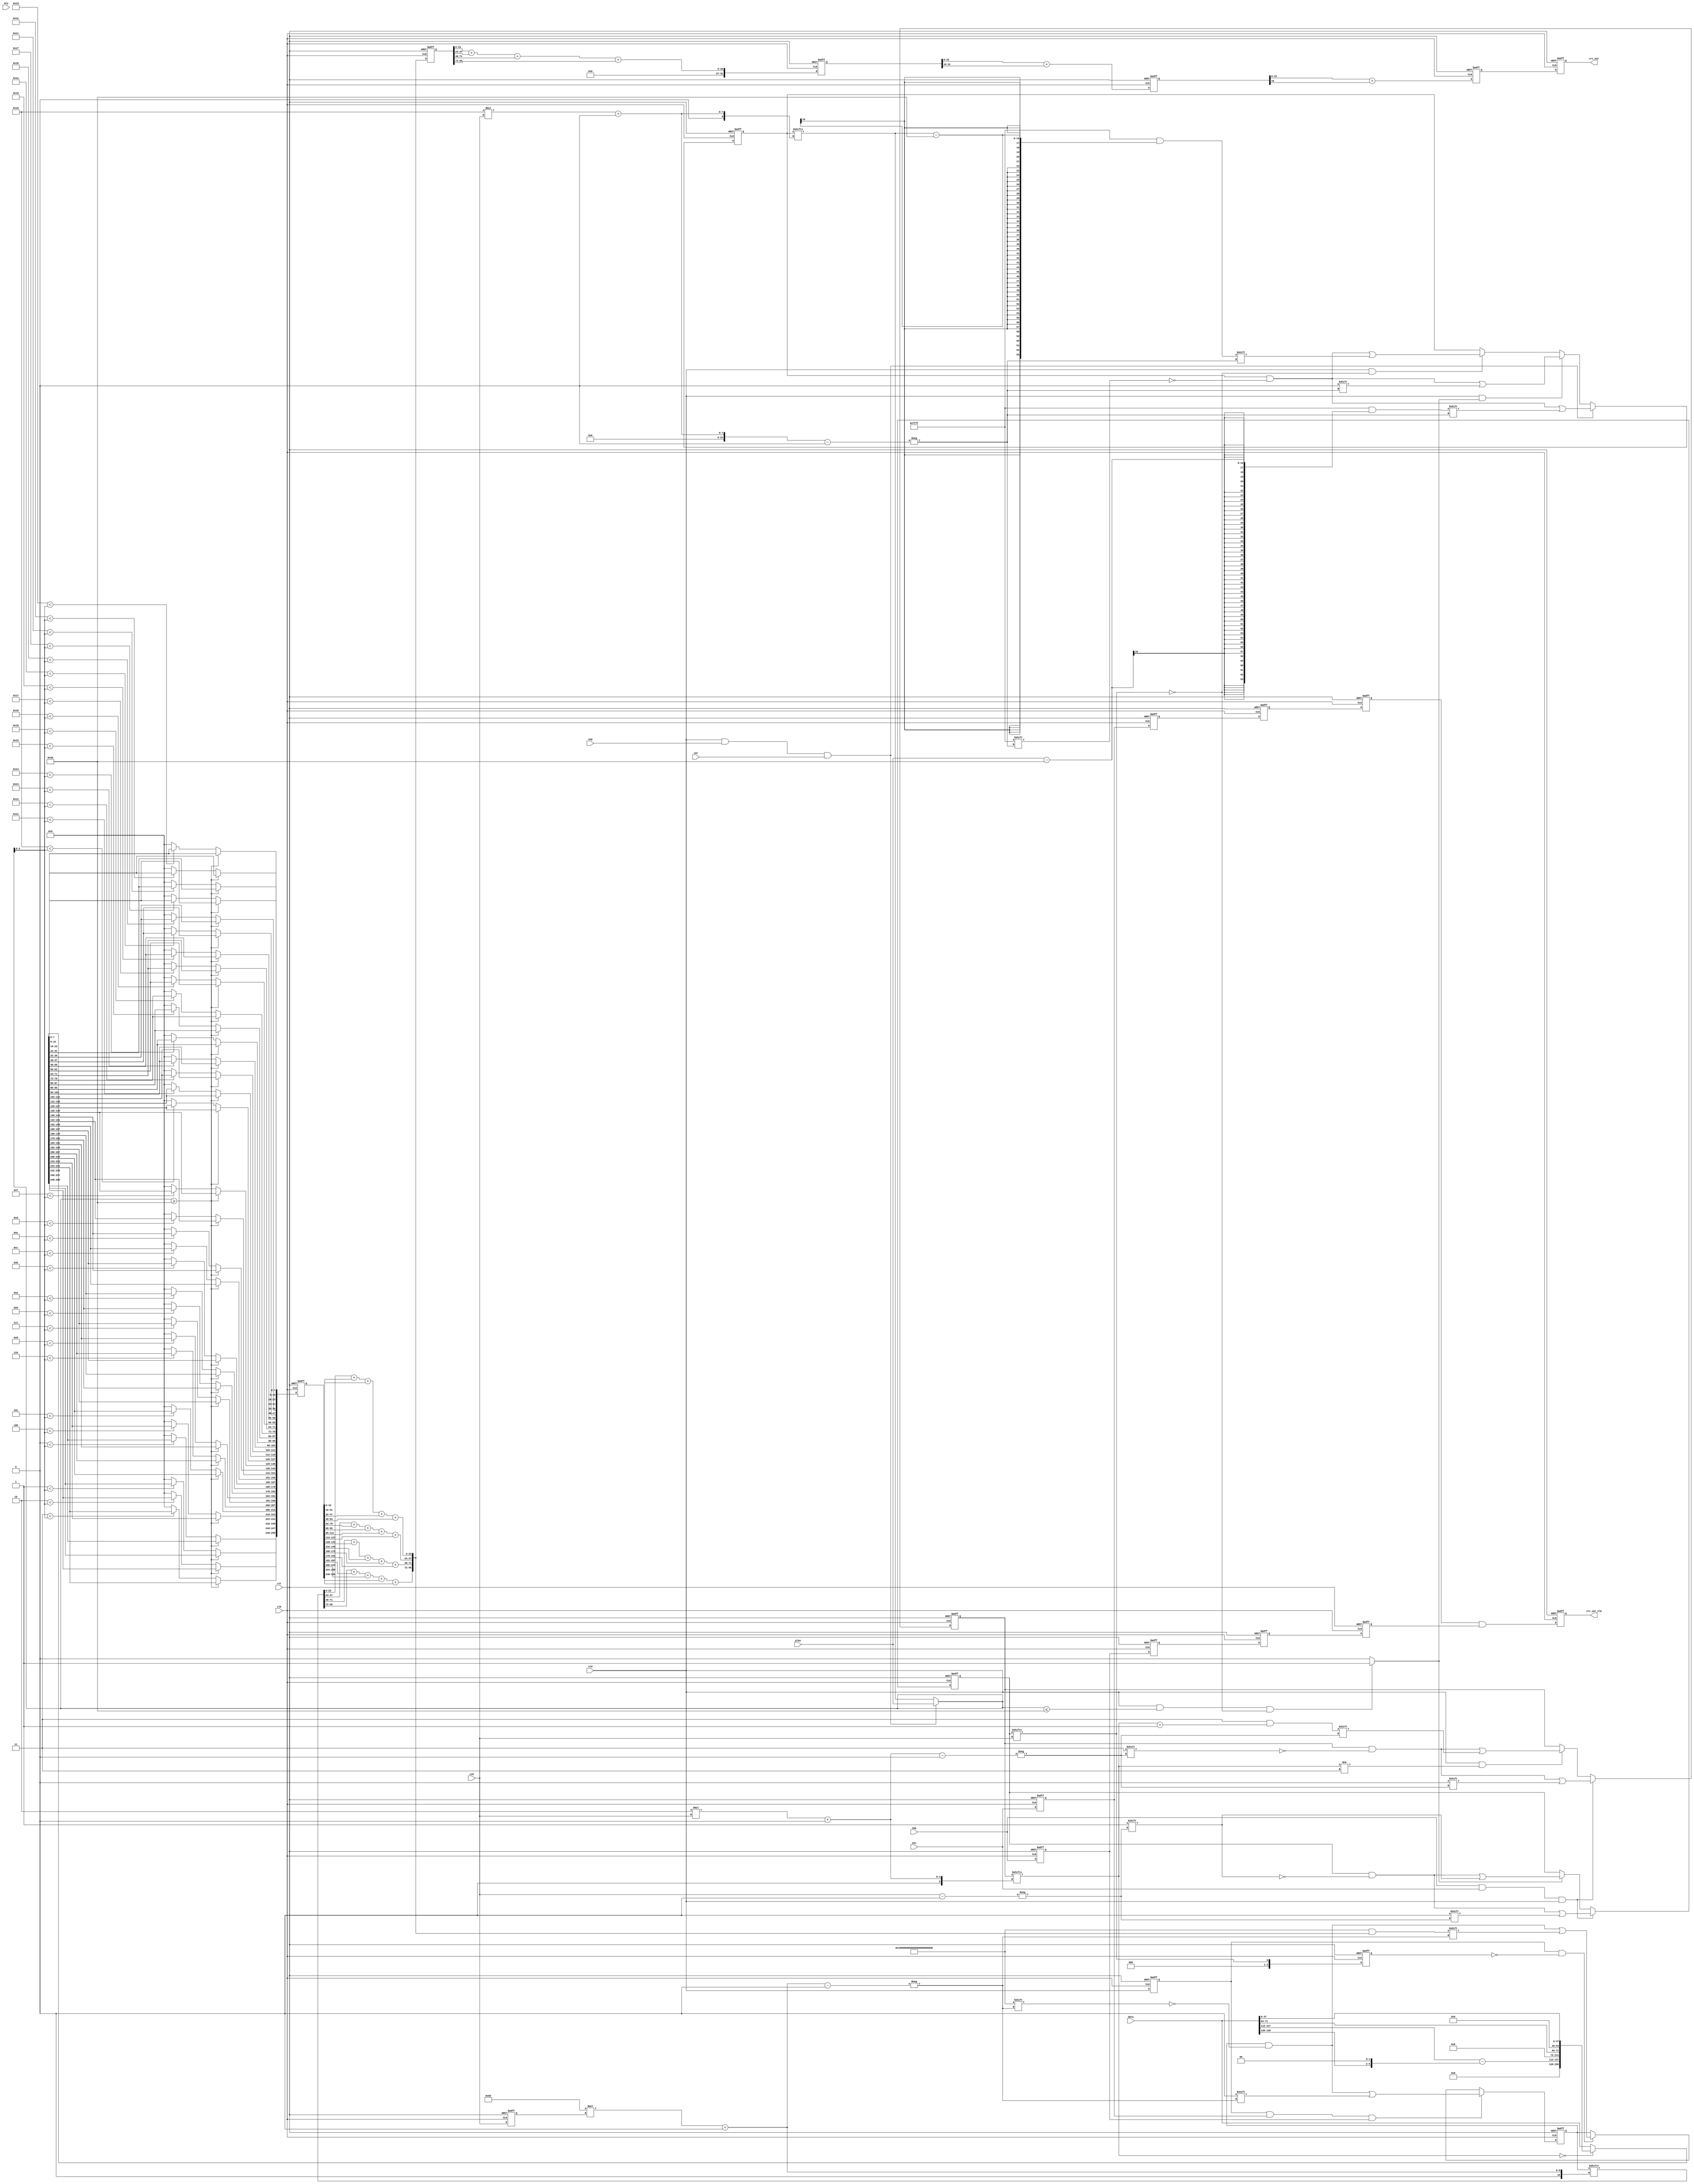
`timescale 1ns / 1ps
module crc_gen #(
    parameter    DAT_TYP       = "ETH"            ,            
    parameter    DWID          = 256              ,            
    parameter    BWID          = DWID/8           ,            
    parameter    DWNUM         = DWID/64          ,            
    parameter    MTY_WID       = logb(BWID)     ,            
    parameter    PLEN_WID      = 16               ,            
    parameter    CHN_NUM       = 4                ,            
    parameter    CHN_ID_WID    = logb(CHN_NUM)               
)
(
    input   wire                        clk                         ,   
    input   wire                        rst                         ,   
    input   wire                        vld                         ,   
    input   wire [CHN_ID_WID-1:0]       cid                         ,   
    input   wire                        soc                         ,   
    input   wire                        eoc                         ,   
    input   wire                        sop                         ,   
    input   wire                        eop                         ,   
    input   wire [MTY_WID-1:0]          mty                         ,   
    input   wire [PLEN_WID-1:0]         plen                        ,   
    input   wire [DWID-1:0]             data                        ,   
    output  reg                         crc_out_vld                 ,   
    output  reg  [16-1:0]    		    crc_out                         
);
reg  [DWID-1:0]                         vld_data_tmp1              ;    
reg  [DWID-1:0]                         vld_data_tmp2              ;    
reg                                     vld_d1                     ;    
reg  [CHN_ID_WID-1:0]                   cid_d1                     ;    
reg                                     soc_d1                     ;    
reg                                     eoc_d1                     ;    
reg                                     sop_d1                     ;    
reg                                     eop_d1                     ;    
reg  [MTY_WID-1:0]                      mty_d1                     ;    
reg  [DWID-1:0]                         data_d1                    ;    
reg 								    vld_eop			           ;    
reg                                     eoc_d2                     ;    
reg                                     eoc_d3                     ;    
reg                                     eoc_d4                     ;    
reg                                     eop_d2                     ;    
reg                                     eop_d3                     ;    
reg                                     eop_d4                     ;    
reg  [2*CHN_NUM-1:0]                    eth_pkt_rxcnt              ;
wire [3:0]                              ip_hlen                    ;
wire [15:0]                             ip_total_len               ;
wire [15:0]                             tcp_total_len              ;
wire [7:0]                              ip_pro_id                  ;
wire [47:0]                             sip_diphigh                ;
wire [15:0]                             diplow                     ;
reg  [DWID-1:0]                         eth_crc_data               ;
reg  [CHN_NUM-1:0]             mask_padding              ;
reg  [CHN_NUM-1:0]             mask_padding_d1           ;
reg  [PLEN_WID*CHN_NUM-1:0]             plen_left_reg              ;
reg  [PLEN_WID-1:0]             		    plen_left	           ;
reg  [24*DWNUM-1:0]         		crc_in   	           ;                        
reg  [24*DWNUM-1:0]         		crc_out_tmp	           ;                        
reg  [24*DWNUM*CHN_NUM-1:0]    		crc_reg 	           ; 
reg [32-1:0] crc_step1;   

reg  [24*DWNUM-1:0]         		crc_out_tmp_reg	           ;     

reg [17-1:0] crc_step2;  
reg [16-1:0] crc_step3;

always @( posedge clk or posedge rst )
begin
    if ( rst == 1'b1 )
    begin
        vld_d1 <= 1'b0 ;
        mty_d1 <= 1'b0 ;
        cid_d1 <= 0 ;
        soc_d1 <= 1'b0 ;
        eoc_d1 <= 1'b0 ;
        sop_d1 <= 1'b0 ;
        eop_d1 <= 1'b0 ;
        eoc_d2 <= 1'b0 ;
        eoc_d3 <= 1'b0 ;
        eoc_d4 <= 1'b0 ;
        eop_d2 <= 1'b0 ;
        eop_d3 <= 1'b0 ;
        eop_d4 <= 1'b0 ;
	crc_out_vld <= 1'b0;
    end
    else 
    begin
        vld_d1 <= vld ;
        mty_d1 <= mty ;
        cid_d1 <= cid ;
        soc_d1 <= soc ;
        eoc_d1 <= eoc ;
        sop_d1 <= sop ;
        eop_d1 <= eop ;
        eoc_d2 <= eoc_d1 ;
        eoc_d3 <= eoc_d2 ;
        eoc_d4 <= eoc_d3 ;
        eop_d2 <= eop_d1 ;
        eop_d3 <= eop_d2 ;
        eop_d4 <= eop_d3 ;
	crc_out_vld <= eoc_d4 & eop_d4;
    end
end


always @( posedge clk or posedge rst )
begin
    if ( rst == 1'b1 )
    begin
		mask_padding <= 0;
    end
    else if ( eop==1'b1 && eoc==1'b1 && vld==1'b1 ) 
    begin
		mask_padding[cid] <= 1'b0;
    end
    else if ( vld_eop==1'b1 ) 
    begin
		mask_padding[cid] <= 1'b1;
    end
end
always @( posedge clk or posedge rst )
begin
    if ( rst == 1'b1 )
    begin
		mask_padding_d1 <= 0;
    end
    else 
    begin
		mask_padding_d1 <= mask_padding[cid];
    end
end


always @( posedge clk or posedge rst )
begin
    if ( rst == 1'b1 )
    begin
		    plen_left_reg <= 0;
    end
    else if ( vld==1'b1 && sop==1'b1 && soc==1'b1 )
    begin
		    plen_left_reg[PLEN_WID*cid+:PLEN_WID] <= plen - BWID                                    ;
    end
    else if ( vld==1'b1 && vld_eop == 1'b1 )           
    begin
	   	 plen_left_reg[PLEN_WID*cid+:PLEN_WID] <= 0                                              ;
    end
    else if ( vld==1'b1 && mask_padding[cid] == 1'b0 )     
    begin
        plen_left_reg[PLEN_WID*cid+:PLEN_WID] <= plen_left_reg[PLEN_WID*cid +: PLEN_WID] - BWID ;
    end
end
always @ ( * ) begin
	if( vld==1'b1 && sop==1'b1 && soc==1'b1 ) 
	begin
		plen_left = plen;
	end
	else
	begin
		plen_left = plen_left_reg[PLEN_WID*cid +: PLEN_WID];
	end
end
always @( posedge clk or posedge rst )
begin
    if ( rst == 1'b1 )
    begin
        eth_pkt_rxcnt  <= {(2*CHN_NUM){1'b0}};
    end
    else if ( eop==1'b1 && eoc==1'b1 && vld==1'b1 )  
    begin
		    eth_pkt_rxcnt[2*cid+:2] <= 2'b00;
    end
    else if ( vld ==1'b1 && eth_pkt_rxcnt[2*cid+:2] != 2'b11 ) 
    begin
		    eth_pkt_rxcnt[2*cid+:2] <= eth_pkt_rxcnt[2*cid+:2] + 2'b01;
    end
end
integer k;
always @( * )
begin
    for( k=0; k<BWID; k=k+1 )
    	begin
		if( k<mty ) begin
    		    	vld_data_tmp1[k*8+:8] = 0 ;
		end
		else begin
    		    	vld_data_tmp1[k*8+:8] = data[k*8+:8] ;
		end
	end
end
assign ip_hlen       = data[DWID-14*8-4-1 :DWID-14*8-8]         ;
assign ip_total_len  = data[DWID-14*8-16-1:DWID-14*8-32]        ;
assign tcp_total_len = ip_total_len - {10'd0, ip_hlen,2'b00}    ;
assign ip_pro_id     = data[DWID-14*8-72-1:DWID-14*8-80]  ;
assign sip_diphigh   = data[0+:48]                        ;
assign diplow        = data[DWID-1:DWID-16]               ;
always @( * )
begin
    if ( eth_pkt_rxcnt[2*cid+:2] == 2'b00 )
    begin
        eth_crc_data = {  {(14*8){1'b0}} , 16'd0 , tcp_total_len , 40'd0 ,ip_pro_id, 16'd0, sip_diphigh } ;
    end
    else if ( eth_pkt_rxcnt[2*cid+:2] == 2'b01 )
    begin
        eth_crc_data = {  diplow , data[239:0] }                                                          ;
    end
    else
    begin
        eth_crc_data =  data                                                                              ;
    end
end
always @( * )
begin
    for( k=0; k<BWID; k=k+1 )
    begin
	      if( plen_left>= BWID ) 
        begin
            vld_data_tmp2[(BWID-k-1)*8+:8] = eth_crc_data[(BWID-k-1)*8+:8] ;
	      end
	      else if( k<plen_left[0+:MTY_WID] )
        begin
          	vld_data_tmp2[(BWID-k-1)*8+:8] = eth_crc_data[(BWID-k-1)*8+:8] ;
	      end   	      
        else 
        begin 
            vld_data_tmp2[(BWID-k-1)*8+:8] = 0 ;
	      end
    end
end
always @( * )
begin
    if( vld==1'b1 && plen_left<=BWID  && mask_padding[cid] == 1'b0 && DAT_TYP=="ETH" ) begin 
		vld_eop = 1'b1;
    end
    else if( vld==1'b1 && eoc==1'b1 && eop==1'b1 && DAT_TYP == "APP" ) begin
		vld_eop = 1'b1;
    end
    else begin
		vld_eop = 1'b0;
    end
end
always @( posedge clk or posedge rst )
begin
    if ( rst == 1'b1 )
    begin
        data_d1 <= 256'b0 ;
    end
    else if ( vld_eop==1'b1 && DAT_TYP=="APP")
    begin
        data_d1 <= vld_data_tmp1;
    end
    else if ( DAT_TYP=="ETH" )
    begin
        data_d1 <= vld_data_tmp2;
    end
    else
    begin
        data_d1 <= data ;
    end
end
                    
always @( * )
begin
        crc_in = crc_reg[24*DWNUM*cid_d1 +: 24*DWNUM];
end
always @ ( * ) begin
	for( k=0; k<DWNUM; k=k+1 )begin
		crc_out_tmp[24*k +: 24] = crc_in[24*k +: 24] + data_d1[64*k+00 +: 16] + data_d1[64*k+16 +: 16] + data_d1[64*k+32 +: 16] + data_d1[64*k+48 +: 16] ;
	end
end
always @( posedge clk or posedge rst )
begin
    if ( rst == 1'b1 )
    begin
        crc_reg <= 0;
    end
    else if ( vld_d1==1'b1 && eoc_d1==1'b1 && eop_d1==1'b1 )
    begin
        crc_reg[24*DWNUM*cid_d1 +: 24*DWNUM] <= 0;
    end
    else if ( vld_d1==1'b1&&mask_padding_d1==1'b0 )
    begin
        crc_reg[24*DWNUM*cid_d1 +: 24*DWNUM] <= crc_out_tmp;
    end
end
                 
always @( posedge clk or posedge rst )
begin
    if ( rst == 1'b1 )
    begin
        crc_out_tmp_reg <= 0;
    end
    else 
    begin
        crc_out_tmp_reg <= crc_out_tmp;
    end
end

always @( posedge clk or posedge rst )
begin
    if ( rst == 1'b1 )
    begin
        crc_step1 <= 0;
    end
    else 
    begin
        crc_step1 <= {8'h0,crc_out_tmp_reg[0*24+:24]} +{8'h0,crc_out_tmp_reg[1*24+:24]} + {8'h0,crc_out_tmp_reg[2*24+:24]} + {8'h0,crc_out_tmp_reg[3*24+:24]};
    end
end

always @( posedge clk or posedge rst )
begin
    if ( rst == 1'b1 )
    begin
        crc_step2 <= 0;
    end
    else 
    begin
        crc_step2 <= crc_step1[15:0] + crc_step1[31:16];
    end
end

always @( posedge clk or posedge rst )
begin
    if ( rst == 1'b1 )
    begin
        crc_step3 <= 0;
    end
    else 
    begin
        crc_step3 <= crc_step2[15:0] + crc_step2[16];
    end
end
always @( posedge clk or posedge rst )
begin
    if ( rst == 1'b1 )
    begin
        crc_out <= 0;
    end
    else 
    begin
        crc_out <= crc_step3;
    end
end
function integer logb;
  input integer depth;
  integer depth_reg;
        begin
        depth_reg = depth;
        for (logb=0; depth_reg>0; logb=logb+1)begin
          depth_reg = depth_reg >> 1;
        end
        if( 2**logb >= depth*2 )begin
          logb = logb - 1;
        end
        end 
endfunction
endmodule